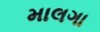
માલગા